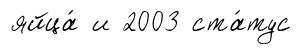
яйца́ и 2003 ста́тус